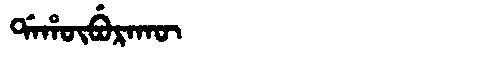
Manchu: ᡩᠠᡥᡡᠪᡠᡵᠠᡴᡡ
Romanization: DAHŪBURAKŪ